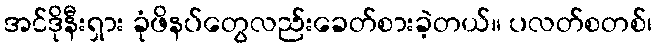
အင်ဒိုနီးရှား ခုံဖိနပ်တွေလည်းခေတ်စားခဲ့တယ်။ ပလတ်စတစ်၊